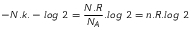
- N . k . - l o g \textit { } 2 = \frac { N . R } { N _ { A } } . l o g \textit { } 2 = n . R . l o g \textit { } 2